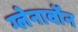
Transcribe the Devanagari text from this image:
ग्लेनार्वोन